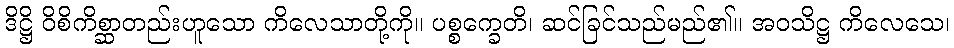
ဒိဋ္ဌိ ဝိစိကိစ္ဆာတည်းဟူသော ကိလေသာတို့ကို။ ပစ္စက္ခေတိ၊ ဆင်ခြင်သည်မည်၏။ အဝသိဋ္ဌ ကိလေသေ၊